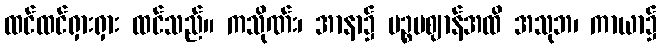
ထင်ထင်ရှားရှား ထင်သည်။ ကသိုဏ်း၊ အာနာ၌ ပဉ္စမဈာန်အထိ အသုဘ၊ ကာယာ၌